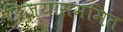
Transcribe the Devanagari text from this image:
त्रिज्यासममित